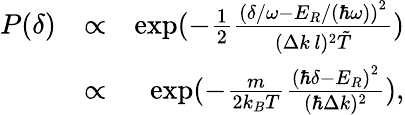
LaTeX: \begin{array}{rlr}{P(\delta)}&{\propto}&{\exp(-\frac{1}{2}\frac{\left(\delta/\omega-E_{R}/(\hbar\omega)\right)^{2}}{(\Delta k\, l)^{2}\tilde{T}})}\\ &{\propto}&{\exp(-\frac{m}{2k_{B}T}\frac{\left(\hbar\delta-E_{R}\right)^{2}}{(\hbar\Delta k)^{2}}),}\end{array}